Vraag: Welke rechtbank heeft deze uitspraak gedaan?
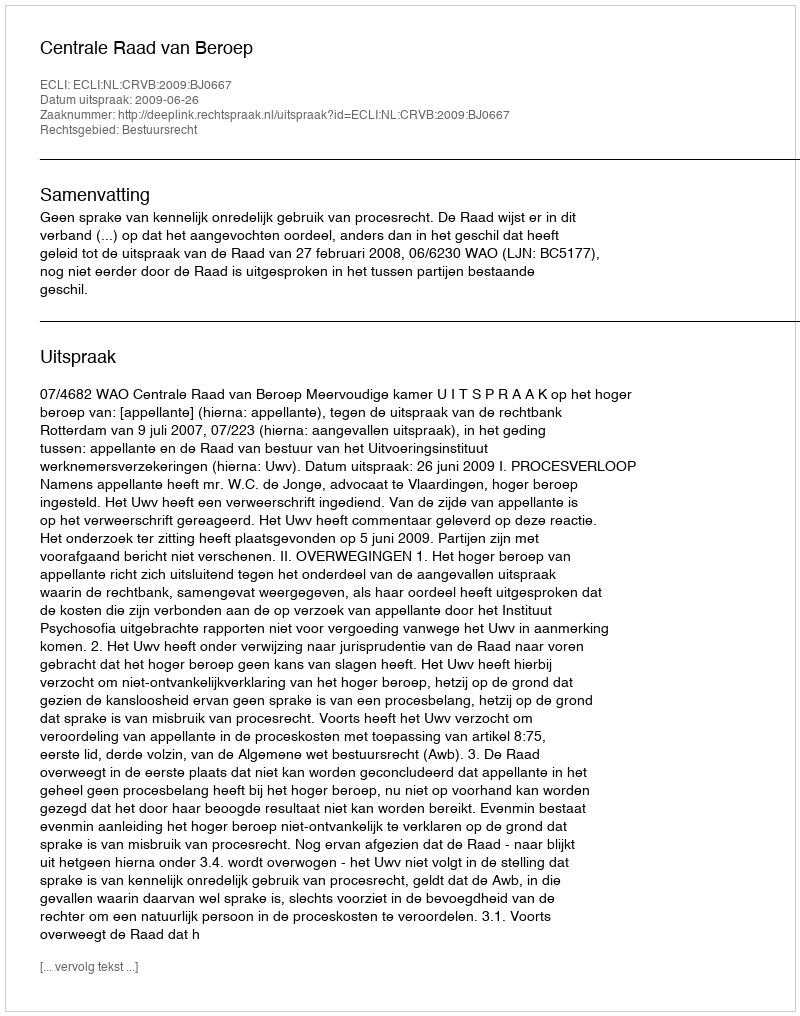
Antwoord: Centrale Raad van Beroep